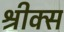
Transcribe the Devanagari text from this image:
श्रीक्स